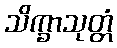
သိက္ခာသုတ္တံ